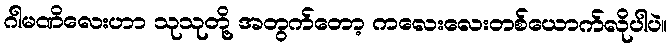
ဂါမဏိလေးဟာ သုသုတို့ အတွက်တော့ ကလေးလေးတစ်ယောက်လိုပါပဲ။